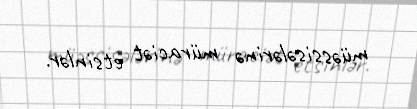
müəssisələrinə müraciət etsinlər.